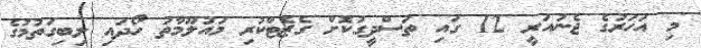
މި އަހަރުގެ ޖެނުއަރީ 12 ގައި ތަސްދީގުކޮށް ގެޒެޓްކުރި މައުލޫމާތު ހޯދައި ލިބިގަތުމުގެ